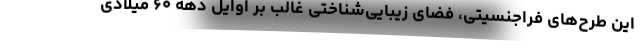
این طرح‌های فراجنسیتی، فضای زیبایی‌شناختی غالب بر اوایل دهه ۶۰ میلادی